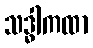
သဒ္ဓါကထာ